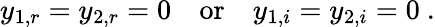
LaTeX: y_{1,r}=y_{2,r}=0\quad\mathrm{or}\quad y_{1,i}=y_{2,i}=0\ .